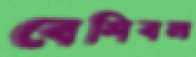
বেশিবলা